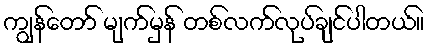
ကျွန်တော် မျက်မှန် တစ်လက်လုပ်ချင်ပါတယ်။